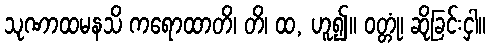
သုဏာထမနသိ ကရောထာတိ၊ တိ၊ ထ, ဟူ၍။ ဝတ္တုံ၊ ဆိုခြင်းငှါ။